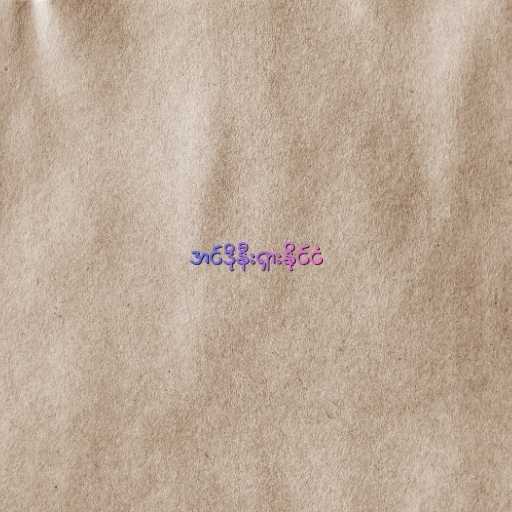
အင်ဒိုနီးရှားနိုင်ငံ